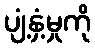
ပျံ့နှံ့မှုကို